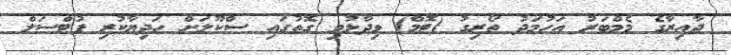
ދާއިރާގެ މެމްބަރު އަހުމަދު ތޯރިގު (ޓޮމް) ވިދާޅުވި ގޮތުގައި ސްކޫލަށް ހަދިޔާކުރި ފުޓްސަލް